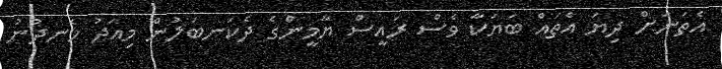
އެތަނަށް ދިޔަ އެތައް ބަޔަކާ ވެސް ރައީސް ޔާމީންގެ ދެކަނބަލުން މިއަދު ހެނދުނު